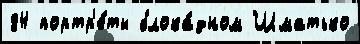
84 портр'е́ты блока́дном Шматько